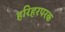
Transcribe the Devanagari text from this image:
हरिहरपरक